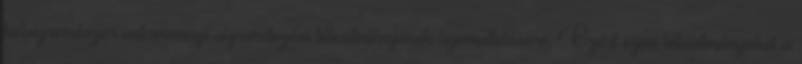
belvízrendszer valamennyi vízrendezési létesítményének üzemeltetésére. Ezért ezen létesítményeket a